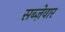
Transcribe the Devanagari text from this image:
सब्ज़ेवार